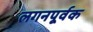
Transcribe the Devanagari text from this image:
लगनपूर्वक